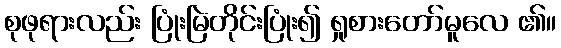
စုဖုရားလည်း ပြုံးမြဲတိုင်းပြုံး၍ ရှုစားတော်မူလေ ၏။